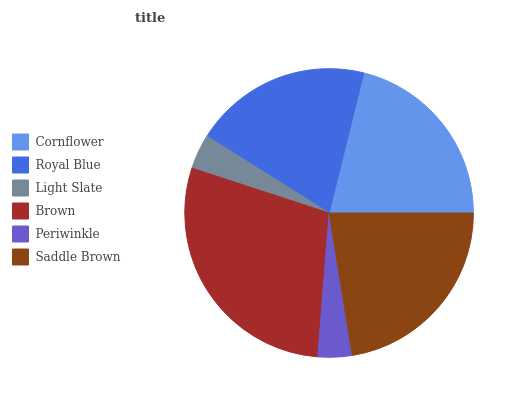
| Cornflower | Royal Blue | Light Slate | Brown | Periwinkle | Saddle Brown |
 | --- | --- | --- | --- | --- | --- |
 | 21.2% | 19.9% | 3.9% | 28.8% | 3.8% | 22.4% |